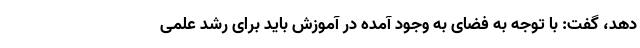
دهد، گفت: با توجه به فضای به وجود آمده در آموزش باید برای رشد علمی